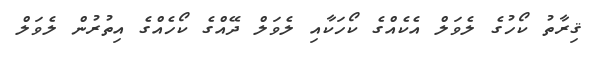
ޤިރާތު ކޯހުގެ ލެވަލް އެކެއްގެ ކޯހަކާއި ލެވަލް ދޭއްގެ ކޯހެއްގެ އިތުރުން ލެވަލް